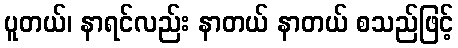
ပူတယ်၊ နာရင်လည်း နာတယ် နာတယ် စသည်ဖြင့်